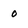
Character: 0